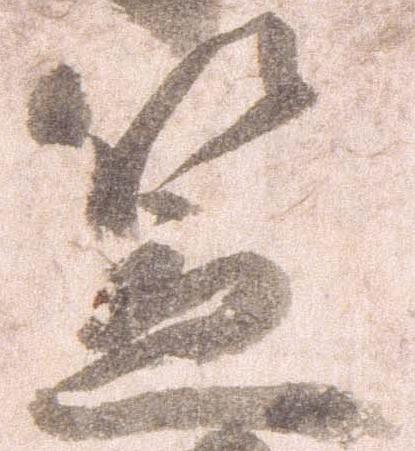
笠